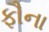
ફૌના